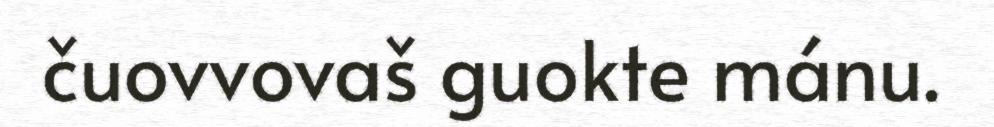
čuovvovaš guokte mánu.